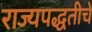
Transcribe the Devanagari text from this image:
राज्यपद्धतीचे